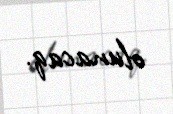
olunacaq.